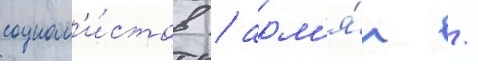
социал'и́стов / арм'я́н /